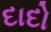
દાદો